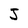
Character: J